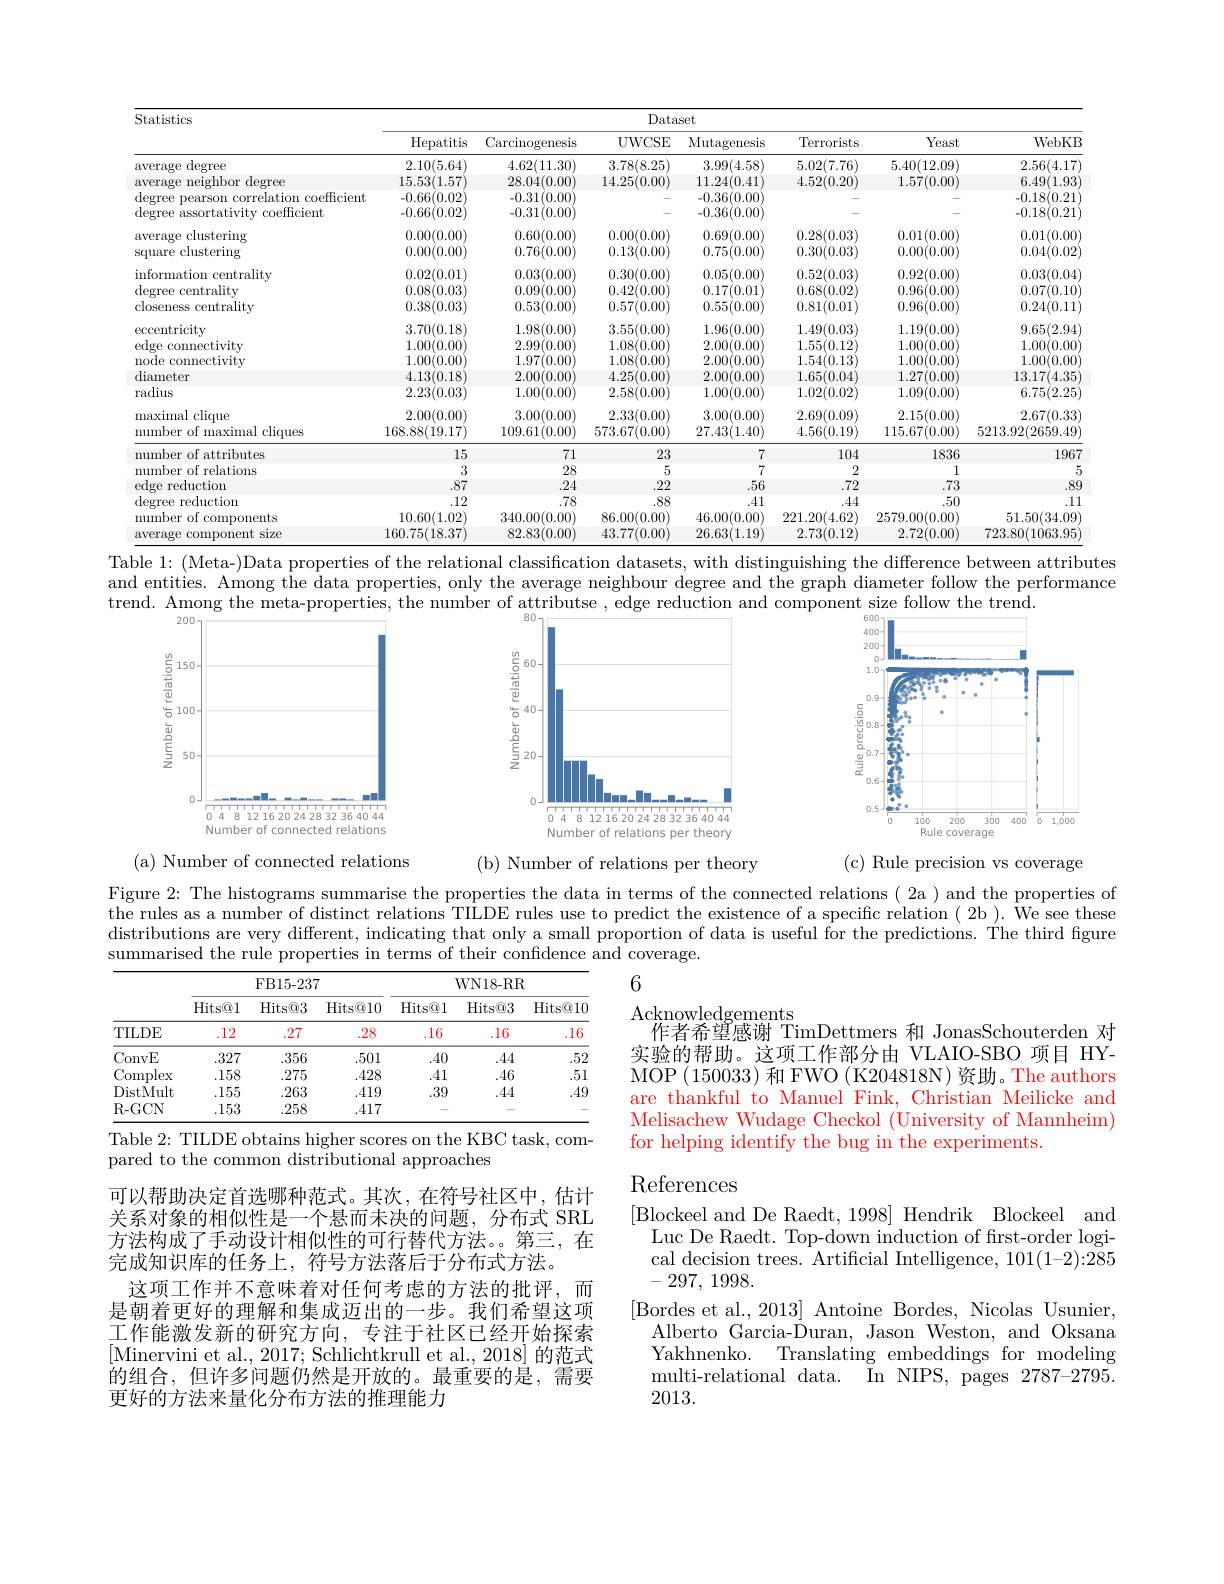
<table>
	<tbody>
		<tr>
			<th rowspan="2">Statistics</th>
			<th colspan="7">Dataset</th>
		</tr>
		<tr>
			<th>Hepatitis</th>
			<th>Carcinogenesis</th>
			<th>UWCSE</th>
			<th>Mutagenesis</th>
			<th>Terrorists</th>
			<th>Yeast</th>
			<th>WebKB</th>
		</tr>
		<tr>
			<td>average ${\mathrm{e~degree}}$</td>
			<td>2.10(5.64)</td>
			<td>4.62(11.30)</td>
			<td>3.78(8.25)</td>
			<td>3.99(4.58)</td>
			<td>5.02(7.76)</td>
			<td>5.40(12.09)</td>
			<td>2.56(4.17)</td>
		</tr>
		<tr>
			<td>average neighbor degree</td>
			<td>15.53(1.57)</td>
			<td>28.04(0.00)</td>
			<td>14.25(0.00)</td>
			<td>11.24(0.41)</td>
			<td>4.52(0.20)</td>
			<td>1.57(0.00)</td>
			<td>6.49(1.93</td>
		</tr>
		<tr>
			<td>degree pearson correlation coefficient</td>
			<td>-0.66(0.02]</td>
			<td>-0.31(0.00)</td>
			<td> </td>
			<td>-0.36(0.00)</td>
			<td> </td>
			<td> </td>
			<td>-0.18(0.21</td>
		</tr>
		<tr>
			<td>degree assortativity coefficient</td>
			<td>-0.66(0.02</td>
			<td>-0.31( (0.000</td>
			<td> </td>
			<td>-0.36(0.00)</td>
			<td> </td>
			<td> </td>
			<td>-0.18(0.21</td>
		</tr>
		<tr>
			<td>clusterino</td>
			<td>M</td>
			<td>16 $fM$</td>
			<td>11</td>
			<td>Mi</td>
			<td>1 11 111 $\underline{122}$</td>
			<td>TITI</td>
			<td> </td>
		</tr>
		<tr>
			<td>T 119re clustering</td>
			<td>0.00(0.00)</td>
			<td>0.76(0.00)</td>
			<td>0.13(0.00)</td>
			<td>0.75(0.00)</td>
			<td>0.30(0.03</td>
			<td>0.00(0.00)</td>
			<td>0.04(0.02</td>
		</tr>
		<tr>
			<td> </td>
			<td> </td>
			<td> </td>
			<td> </td>
			<td>TMI</td>
			<td>$CO$ $^{\prime}m$ TIT</td>
			<td>00 1 . 1 Yh</td>
			<td> </td>
		</tr>
		<tr>
			<td> </td>
			<td> </td>
			<td> </td>
			<td> </td>
			<td> </td>
			<td> </td>
			<td> </td>
			<td> </td>
		</tr>
		<tr>
			<td> </td>
			<td> </td>
			<td> </td>
			<td> </td>
			<td> </td>
			<td> </td>
			<td> </td>
			<td> </td>
		</tr>
		<tr>
			<td> </td>
			<td> </td>
			<td> </td>
			<td> </td>
			<td> </td>
			<td> </td>
			<td> </td>
			<td> </td>
		</tr>
		<tr>
			<td> </td>
			<td>$T$ 18</td>
			<td>$0\epsilon$ $U$</td>
			<td>956</td>
			<td>$06/n$</td>
			<td>1/1</td>
			<td>$110/n$</td>
			<td>0.6日 CI</td>
		</tr>
		<tr>
			<td> </td>
			<td> </td>
			<td> </td>
			<td> </td>
			<td> </td>
			<td> </td>
			<td> </td>
			<td> </td>
		</tr>
		<tr>
			<td> </td>
			<td> </td>
			<td> </td>
			<td> </td>
			<td> </td>
			<td>1</td>
			<td> </td>
			<td> </td>
		</tr>
		<tr>
			<td>diameter</td>
			<td>4.13(0.18)</td>
			<td>2.00(0.00)</td>
			<td>4.25(0.00)</td>
			<td>2.00(0.00)</td>
			<td>1.65(0.04)</td>
			<td>1.27(0.00)</td>
			<td>13.17(4.35</td>
		</tr>
		<tr>
			<td>radius</td>
			<td>2.23(0.03)</td>
			<td>1.00(0.00)</td>
			<td>2.58(0.00)</td>
			<td>1.00(0.00)</td>
			<td>1.02(0.02)</td>
			<td>1.09(0.00)</td>
			<td>6.75(2.25</td>
		</tr>
		<tr>
			<td>maximal clique</td>
			<td>2.00(0.00)</td>
			<td>3.00(0.00)</td>
			<td>2.33(0.00)</td>
			<td>3.00(0.00)</td>
			<td>2.69(0.09)</td>
			<td>2.15(0.00)</td>
			<td>2.67(0.33</td>
		</tr>
		<tr>
			<td>number of maximal cliques</td>
			<td>168.88(19.17)</td>
			<td>109.61(0.00)</td>
			<td>573.67(0.00)</td>
			<td>27.43(1.40)</td>
			<td>4.56(0.19)</td>
			<td>115.67(0.00)</td>
			<td>5213.92(2659.49</td>
		</tr>
		<tr>
			<td>11 mber of attributes</td>
			<td>15</td>
			<td>71</td>
			<td>23</td>
			<td>7</td>
			<td>104</td>
			<td>1836</td>
			<td>1967</td>
		</tr>
		<tr>
			<td>number of relations</td>
			<td>3</td>
			<td>28</td>
			<td>5</td>
			<td>7</td>
			<td>2</td>
			<td>1</td>
			<td> </td>
		</tr>
		<tr>
			<td>edge reduction</td>
			<td>.87</td>
			<td>.24</td>
			<td>.22</td>
			<td>.56</td>
			<td>.72</td>
			<td>.73</td>
			<td>.89</td>
		</tr>
		<tr>
			<td>degree reduction</td>
			<td>12</td>
			<td>.78</td>
			<td>.88</td>
			<td>.41</td>
			<td>.44</td>
			<td>.50</td>
			<td>.11</td>
		</tr>
		<tr>
			<td>number of components</td>
			<td>10.60(1.02)</td>
			<td>340.00(0.00)</td>
			<td>86.00(0.00)</td>
			<td>46.00(0.00)</td>
			<td>221.20(4.62)</td>
			<td>2579.00(0.00)</td>
			<td>51.50(34.09</td>
		</tr>
		<tr>
			<td>average component size</td>
			<td>160.75(18.37)</td>
			<td>82.83(0.00)</td>
			<td>43.77(0.00)</td>
			<td>26.63(1.19)</td>
			<td>2.73(0.12]</td>
			<td>2.72(0.00)</td>
			<td>723.80(1063.95</td>
		</tr>
	</tbody>
</table>

Table 1: (Meta-)Data properties of the relational classification datasets, with distinguishing the difference between attributes

and entities. Among the data properties, only the average neighbour degree and the graph diameter follow the performance
trend. Among the meta-properties, the number of attributse , edge reduction and component size follow the trend.

<FigureHere>

<FigureHere>

<FigureHere>

(a) Number of connected relations

(b) Number of relations per theory

(c) Rule precision vs coverage

Figure 2: The histograms summarise the properties the data in terms of the connected relations( 2a ) and the properties of the rules as a number of distinct relations TILDE rules use to predict the existence of a specific relation ( 2b ). We see these distributions are very different, indicating that only a small proportion of data is useful for the predictions. The third figure summarised the rule properties in terms of their confidence and coverage.

6

<table>
	<tbody>
		<tr>
			<th> </th>
			<th colspan="3">FB15-237</th>
			<th colspan="3">WN18- RR</th>
		</tr>
		<tr>
			<th> </th>
			<th>Hits@ l</th>
			<th>Hits@ 3</th>
			<th>Hits@ 10</th>
			<th>Hits@ 1</th>
			<th>Hits@ 3</th>
			<th>Hits@ l0</th>
		</tr>
		<tr>
			<td>TILDE</td>
			<td>.12</td>
			<td>27</td>
			<td>.28</td>
			<td>.16</td>
			<td>.16</td>
			<td>.16</td>
		</tr>
		<tr>
			<td>ConvE</td>
			<td>.327</td>
			<td>.356</td>
			<td>.501</td>
			<td>.40</td>
			<td>.44</td>
			<td>.52</td>
		</tr>
		<tr>
			<td>Complex</td>
			<td>.158</td>
			<td>.275</td>
			<td>.428</td>
			<td>.41</td>
			<td>.46</td>
			<td>.51</td>
		</tr>
		<tr>
			<td>DistMult</td>
			<td></td>
			<td>.263</td>
			<td>419</td>
			<td>.39</td>
			<td>.44</td>
			<td>.49</td>
		</tr>
		<tr>
			<td>R- GCN</td>
			<td>153</td>
			<td></td>
			<td>417</td>
			<td> </td>
			<td> </td>
			<td> </td>
		</tr>
	</tbody>
</table>
Table 2: TILDE obtains higher scores on the KBC task, com-

Acknowledgements
作者希望感谢 TimDettmers 和 JonasSchouterden 对实验的帮助。这项工作部分由 VLAIO-SBO 项目 HYMOP (150033)和 FWO (K204818N)资助。The authors are thankful to Manuel Fink, Christian Meilicke and Melisachew Wudage Checkol (University of Mannheim) for helping identify the bug in the experiments.

pared to the common distributional approaches

# References

可以帮助决定首选哪种范式。其次，在符号社区中，估计关系对象的相似性是一个悬而未决的问题，分布式 SRL 方法构成了手动设计相似性的可行替代方法。第三，在完成知识库的任务上，符号方法落后于分布式方法。
这项工作并不意味着对任何考虑的方法的批评，而是朝着更好的理解和集成迈出的一步。我们希望这项工作能激发新的研究方向，专注于社区已经开始探索[Minervini et al., 2017; Schlichtkrull et al., 2018] 的范式的组合，但许多问题仍然是开放的。最重要的是，需要更好的方法来量化分布方法的推理能力

[Blockeel and De Raedt, 1998] Hendrik Blockeel and
Luc De Raedt. Top-down induction of first-order logical decision trees. Artificial Intelligence, 101(1-2):285 -297, 1998.
[Bordes et al., 2013] Antoine Bordes, Nicolas Usunier,
Alberto Garcia-Duran, Jason Weston, and Oksana Yakhnenko. Translating embeddings for modeling multi-relational data. In NIPS, pages 2787-2795. 2013.